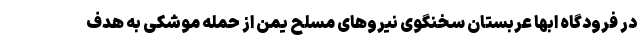
در فرودگاه ابها عربستان سخنگوی نیروهای مسلح یمن از حمله موشکی به هدف